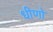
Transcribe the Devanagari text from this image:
धीणो